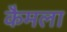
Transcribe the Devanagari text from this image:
कैमला